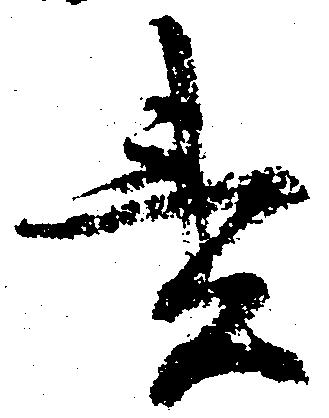
責